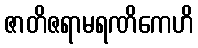
ဇာတိဇရာမရဏိကေဟိ